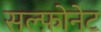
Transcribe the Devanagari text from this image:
सल्फ़ोनेट